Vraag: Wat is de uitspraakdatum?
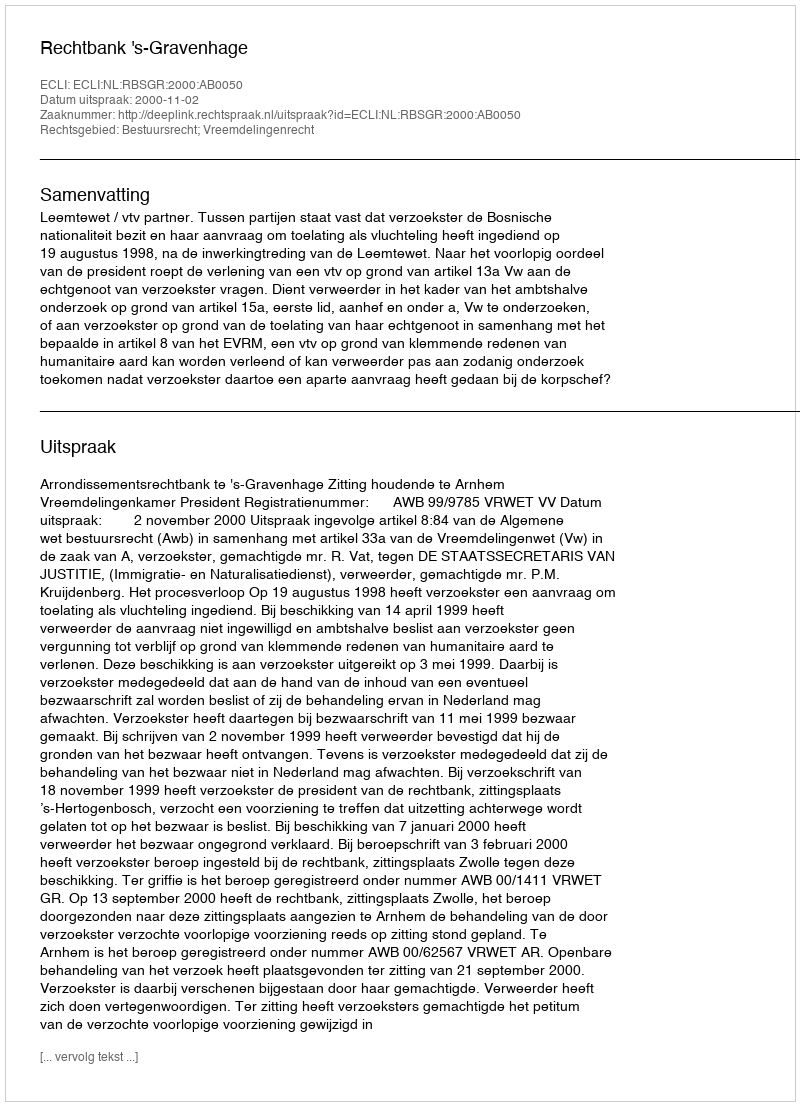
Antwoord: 2000-11-02